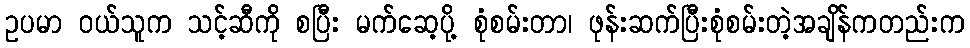
ဥပမာ ၀ယ်သူက သင့်ဆီကို စပြီး မက်ဆေ့ပို့ စုံစမ်းတာ၊ ဖုန်းဆက်ပြီးစုံစမ်းတဲ့အချိန်ကတည်းက